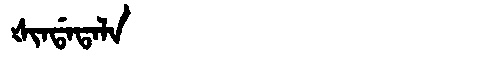
Manchu: ᡧᡳᠨᡩᠠᡨᠠᠯᠠ
Romanization: ŠINDATALA